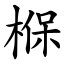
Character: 椺